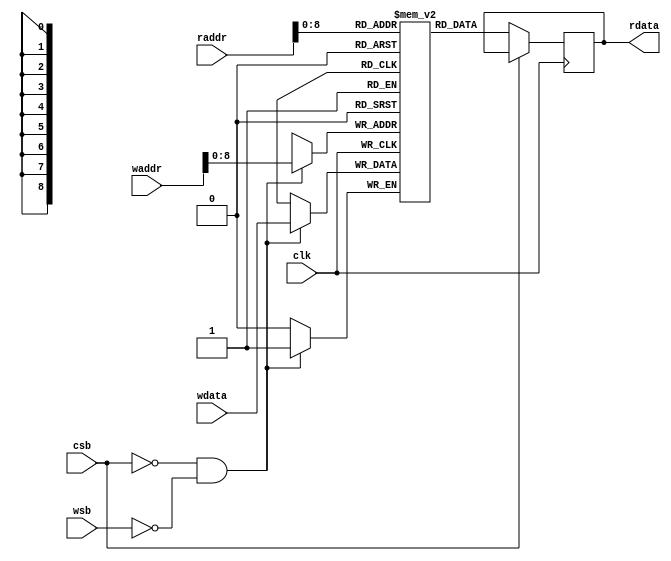
module sram_64x10b #(       //for activation b
    parameter WordNum  = 350, //
    parameter BitWidth = 1 // spike = 1 bit
)(
    input                     clk,   //clock input
    input                     csb,   //chip enable (active low)
    input                     wsb,   //write enable (active low)    
    input      [9:0]          waddr, //write address
    input      [BitWidth-1:0] wdata, //write data
    input      [9:0]          raddr, //read address
    output reg [BitWidth-1:0] rdata  //read data
);

reg [BitWidth-1:0] mem [0:WordNum-1];

always @(posedge clk) 
begin
    if(~csb && ~wsb)
        mem[waddr] <= wdata;
end

always @(posedge clk) begin
    if(~csb)
        #(1) rdata <= mem[raddr];
end

task load_param(
    input integer        index,
    input [BitWidth-1:0] param_input
);
    mem[index] = param_input;
endtask

endmodule